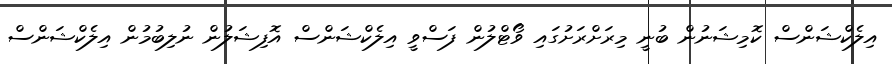
އިލެކްޝަންސް ކޮމިޝަނުން ބުނީ މިރަށްރަށުގައި ވޯޓްލުން ފަސްވީ އިލެކްޝަންސް އޮފިޝަލުން ނުލިބުމުން އިލެކްޝަންސް